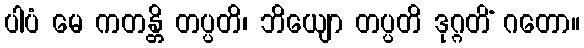
ပါပံ မေ ကတန္တိ တပ္ပတိ၊ ဘိယျော တပ္ပတိ ဒုဂ္ဂတိံ ဂတော။